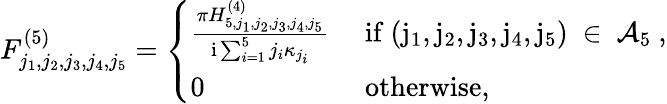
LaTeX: \begin{array}{r}{F_{j_{1},j_{2},j_{3},j_{4},j_{5}}^{(5)}=\left\{ \begin{array}{ll}{\frac{\pi H_{5,j_{1},j_{2},j_{3},j_{4},j_{5}}^{(4)}}{\mathrm{i}\sum_{i=1}^{5}j_{i}\kappa_{j_{i}}}}&{\mathrm{~if~(j_1,j_2,j_3,j_4,j_5)~\in~\mathcal{A}_5~},}\\ {0}&{\mathrm{~otherwise,}}\end{array}\right.}\end{array}